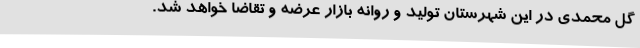
گل محمدی در این شهرستان تولید و روانه بازار عرضه و تقاضا خواهد شد.